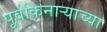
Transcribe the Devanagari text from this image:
पूर्वकिनाऱ्याच्या